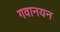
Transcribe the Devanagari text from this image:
गवानयन